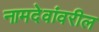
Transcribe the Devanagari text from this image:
नामदेवांवरील